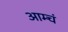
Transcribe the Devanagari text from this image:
आम्चं